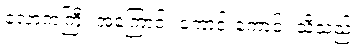
လောကကြီး အကြောင်း ကောင်းကောင်း သိသည်။